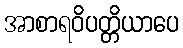
အာစာရဝိပတ္တိယာပေ